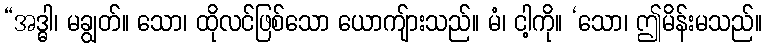
“အဒ္ဓါ၊ မချွတ်။ သော၊ ထိုလင်ဖြစ်သော ယောကျ်ားသည်။ မံ၊ ငါ့ကို။ ‘သော၊ ဤမိန်းမသည်။